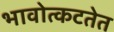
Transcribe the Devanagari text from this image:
भावोत्कटतेत